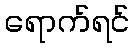
ရောက်ရင်